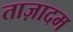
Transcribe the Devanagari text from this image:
ताज़ादम